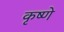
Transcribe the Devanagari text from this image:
कृष्णे